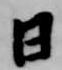
日